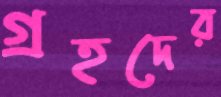
গ্রহদের